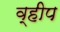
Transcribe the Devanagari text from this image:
व्हीप